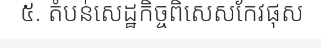
៥. តំបន់សេដ្ឋកិច្ចពិសេសកែវផុស